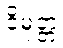
ဝိမုတ္တံ